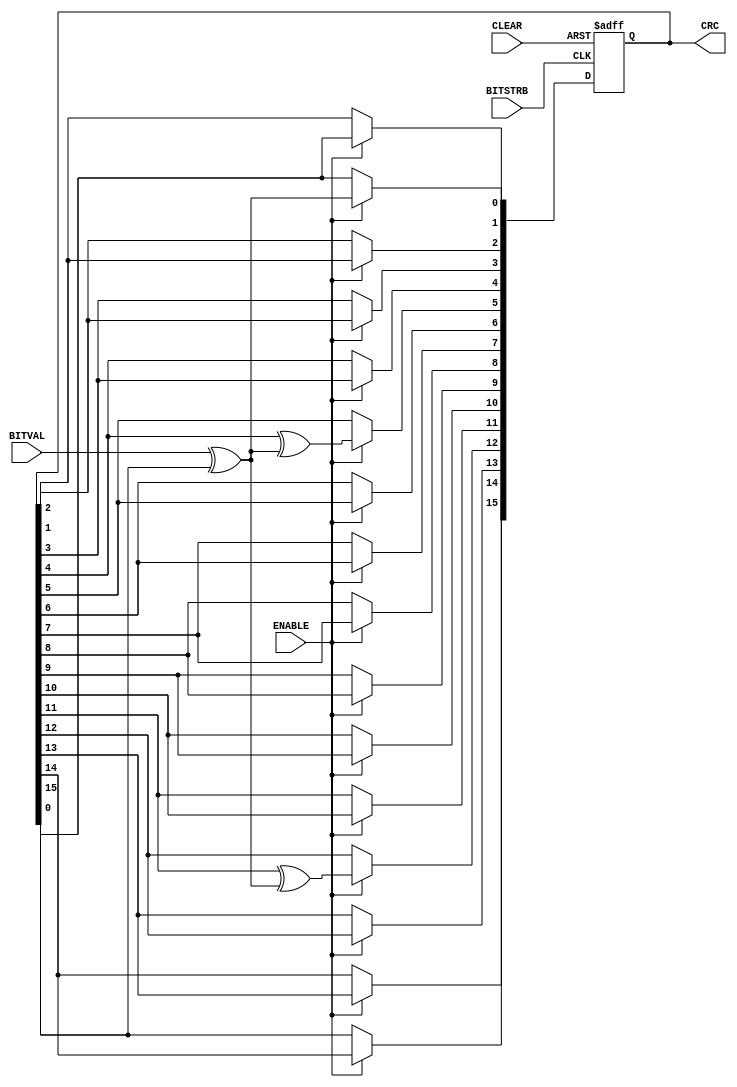
module sd_crc_16(BITVAL, ENABLE, BITSTRB, CLEAR, CRC);
   input        BITVAL;                            // Next input bit
   input        ENABLE;                            // Enable calculation
   input        BITSTRB;                           // Current bit valid (Clock)
   input        CLEAR;                             // Init CRC value
   output [15:0] CRC;                               // Current output CRC value

   reg    [15:0] CRC;                               // We need output registers
   wire         inv;
   
   assign inv = BITVAL ^ CRC[15];                   // XOR required?
   
   always @(posedge BITSTRB or posedge CLEAR) begin
      if (CLEAR) begin
         CRC <= 0;                                  // Init before calculation
         end
      else begin
         if (ENABLE == 1) begin
             CRC[15] <= CRC[14];
             CRC[14] <= CRC[13];
             CRC[13] <= CRC[12];
             CRC[12] <= CRC[11] ^ inv;
             CRC[11] <= CRC[10];
             CRC[10] <= CRC[9];
             CRC[9] <= CRC[8];
             CRC[8] <= CRC[7];
             CRC[7] <= CRC[6];
             CRC[6] <= CRC[5];
             CRC[5] <= CRC[4] ^ inv;
             CRC[4] <= CRC[3];
             CRC[3] <= CRC[2];
             CRC[2] <= CRC[1];
             CRC[1] <= CRC[0];
             CRC[0] <= inv;
             end
         end
      end
   
endmodule